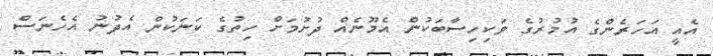
އެއީ އަހަރެންގެ އުމުރުގެ ވަކިހިސާބަކުން އެމޫނެއް ދުށުމަށް ހިތުގެ ކަނަކުން އެދުނު އެހެނަސް